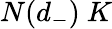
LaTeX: N(d_{-})~K